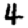
Digit: 4